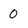
Character: 0